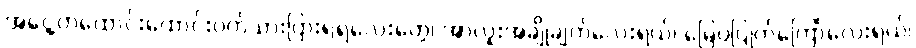
အငွေ့တထောင်းထောင်းဝက်သားပြားရဲရဲလေးတွေ၊ အာလူးအချိုချက်လေးရယ်၊ မြေပဲပြုတ်ကြော်လေးရယ်၊